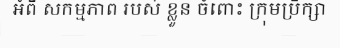
អំពី សកម្មភាព របស់ ខ្លួន ចំពោះ ក្រុមប្រឹក្សា